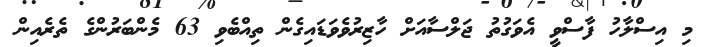
މި އިސްލާހު ފާސްވީ އެވަގުތު ޖަލްސާއަށް ހާޒިރުވެވަޑައިގެން ތިއްބެވި 63 މެންބަރުންގެ ތެރެއިން